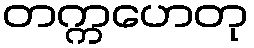
တက္ကဟေတု